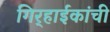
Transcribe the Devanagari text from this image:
गिर्‍हाईकांची